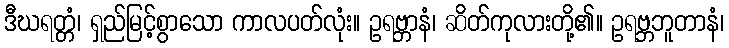
ဒီဃရတ္တံ၊ ရှည်မြင့်စွာသော ကာလပတ်လုံး။ ဥရဗ္ဘာနံ၊ ဆိတ်ကုလားတို့၏။ ဥရဗ္ဘဘူတာနံ၊